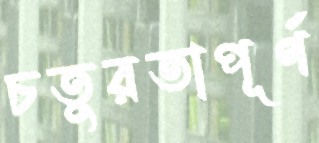
চতুরতাপূর্ণ